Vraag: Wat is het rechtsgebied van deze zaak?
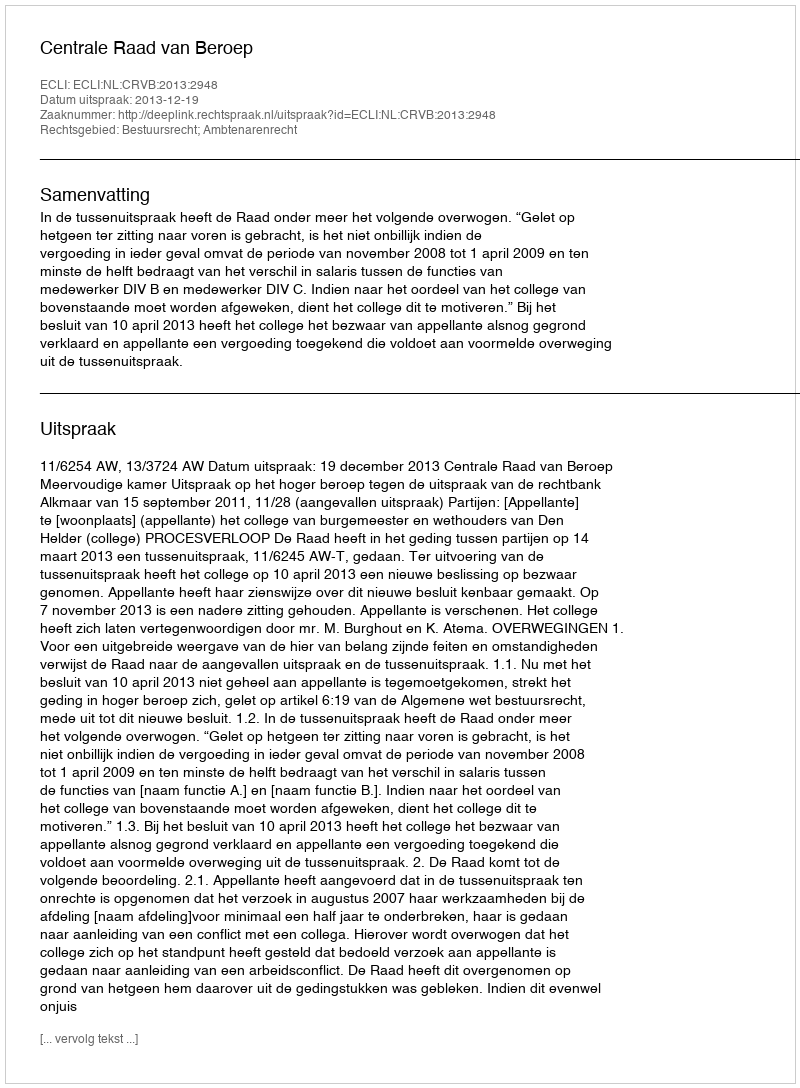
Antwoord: Bestuursrecht; Ambtenarenrecht